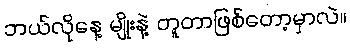
ဘယ်လိုနေ့ မျိုးနဲ့ တူတာဖြစ်တော့မှာလဲ။